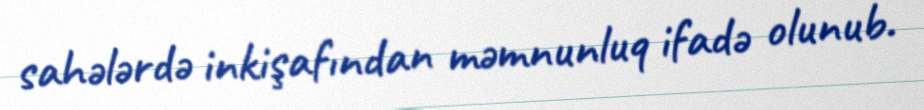
sahələrdə inkişafından məmnunluq ifadə olunub.